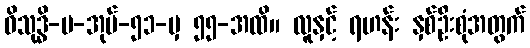
ဝိသုဒ္ဓိ-ပ-အုပ်-၅၁-မှ ၅၅-အထိ။ လူနှင့် ရဟန်း နှစ်ဦးစုံအတွက်